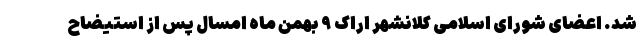
شد. اعضای شورای اسلامی کلانشهر اراک ۹ بهمن ماه امسال پس از استیضاح